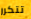
تتكرر